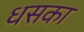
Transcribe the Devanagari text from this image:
धसका